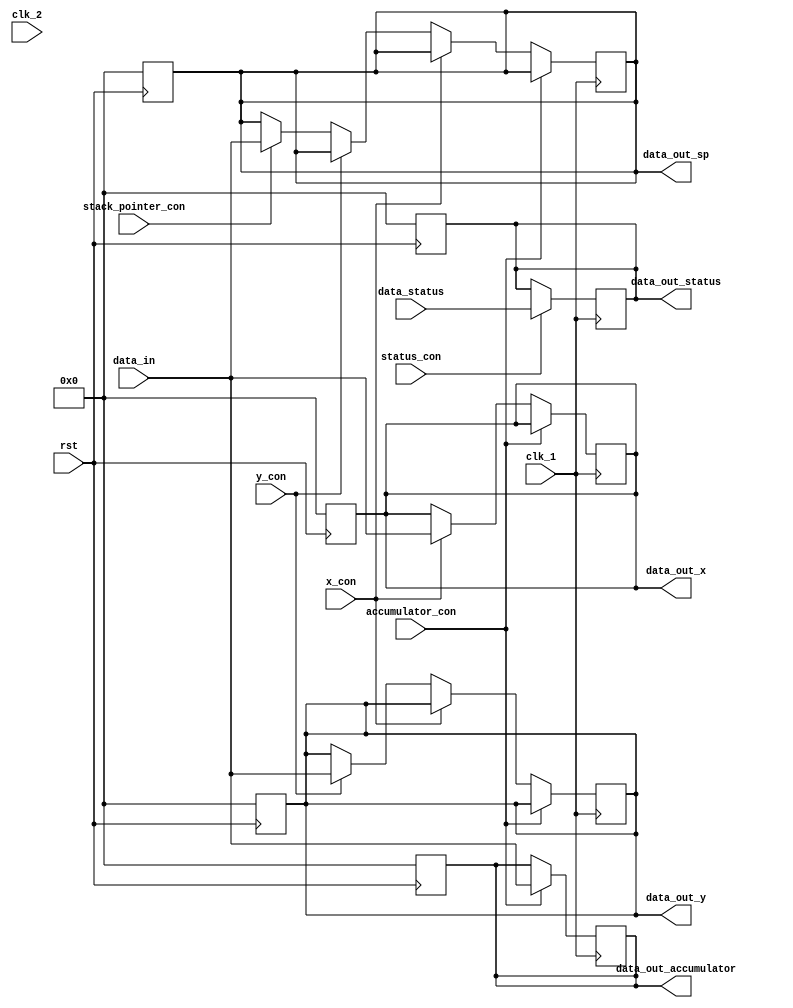
module register (
    rst,clk_1,clk_2,
    x_con,y_con,accumulator_con,
    stack_pointer_con,status_con,

    data_in,data_status,

    data_out_x,data_out_y,data_out_accumulator,
    data_out_sp,data_out_status


);
input wire rst,clk_1,clk_2,
    x_con,y_con,accumulator_con,
    stack_pointer_con,status_con;

input wire [7:0] data_in,data_status;

output wire [7:0] data_out_x,data_out_y,data_out_accumulator,
    data_out_sp,data_out_status;
reg[7:0] x,y,accumulator,stack_pointer,status;
always @(posedge rst) begin
    x<=0;
    y<=0;
    accumulator<=0;
    stack_pointer<=0;
    status<=0;
end

always @(posedge clk_1) begin
    if(accumulator_con) accumulator=data_in;
    else if(x_con) x=data_in;
    else if(y_con) y=data_in;
    else if(stack_pointer_con) stack_pointer=data_in;

    if(status_con) status=data_status;

end


assign data_out_x=x;
assign data_out_y=y;
assign data_out_sp=stack_pointer;
assign data_out_status=status;
assign data_out_accumulator=accumulator;
endmodule